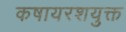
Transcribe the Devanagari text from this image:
कषायरशयुक्त